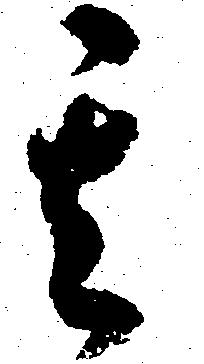
其